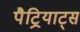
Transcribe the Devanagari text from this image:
पैट्रियाट्स